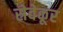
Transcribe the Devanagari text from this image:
स्रेवेकूर